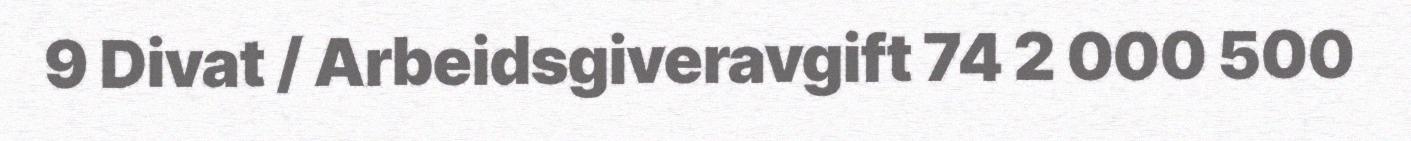
9 Divat / Arbeidsgiveravgift 74 2 000 500